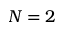
N = 2